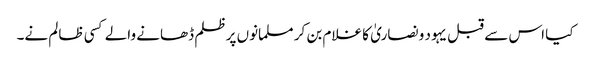
کیا اس سے قبل یہود و نصاریٰ کا غلام بن کر مسلمانوں پرظلم ڈھانے والے کسی ظالم نے۔